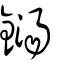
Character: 鐋